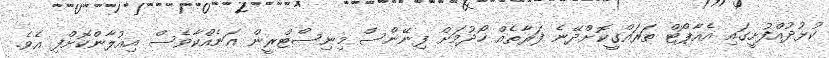
ކުޅުދުއްފުށީގައި އެއާޕޯޓް ތަރައްގީކޮށްދޭނެ ފަރާތެއް ހޯދުމަށް ފިނޭންސް މިނިސްޓްރީން އަނެއްކާވެސް އިއުލާންކޮށްފި އެވެ.